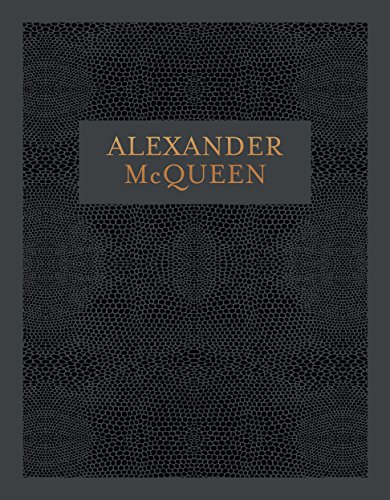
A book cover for Alexander McQueen; Arts & Photography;